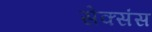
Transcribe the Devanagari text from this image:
सेक्संस